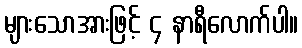
များသောအားဖြင့် ၄ နာရီလောက်ပါ။